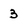
Character: 3